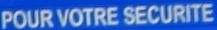
POUR VOTRE SECURITE